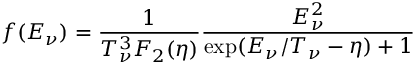
f ( E _ { \nu } ) = { \frac { 1 } { T _ { \nu } ^ { 3 } F _ { 2 } ( \eta ) } } { \frac { E _ { \nu } ^ { 2 } } { \exp ( E _ { \nu } / T _ { \nu } - \eta ) + 1 } }